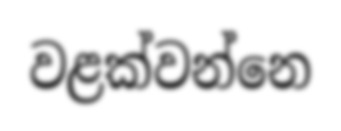
වළක්වන්නෙ